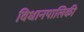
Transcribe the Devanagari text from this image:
विधानपालिकी